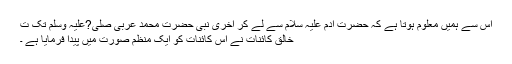
اس سے ہمیں معلوم ہوتا ہے کہ حضرت آدم علیہ سلام سے لے کر آخری نبی حضرت محمد عربی صلی?علیہ وسلم تک ت
خالق کائنات نے اس کائنات کو ایک منظم صورت میں پیدا فرمایا ہے ۔